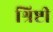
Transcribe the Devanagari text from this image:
श्रिष्टी